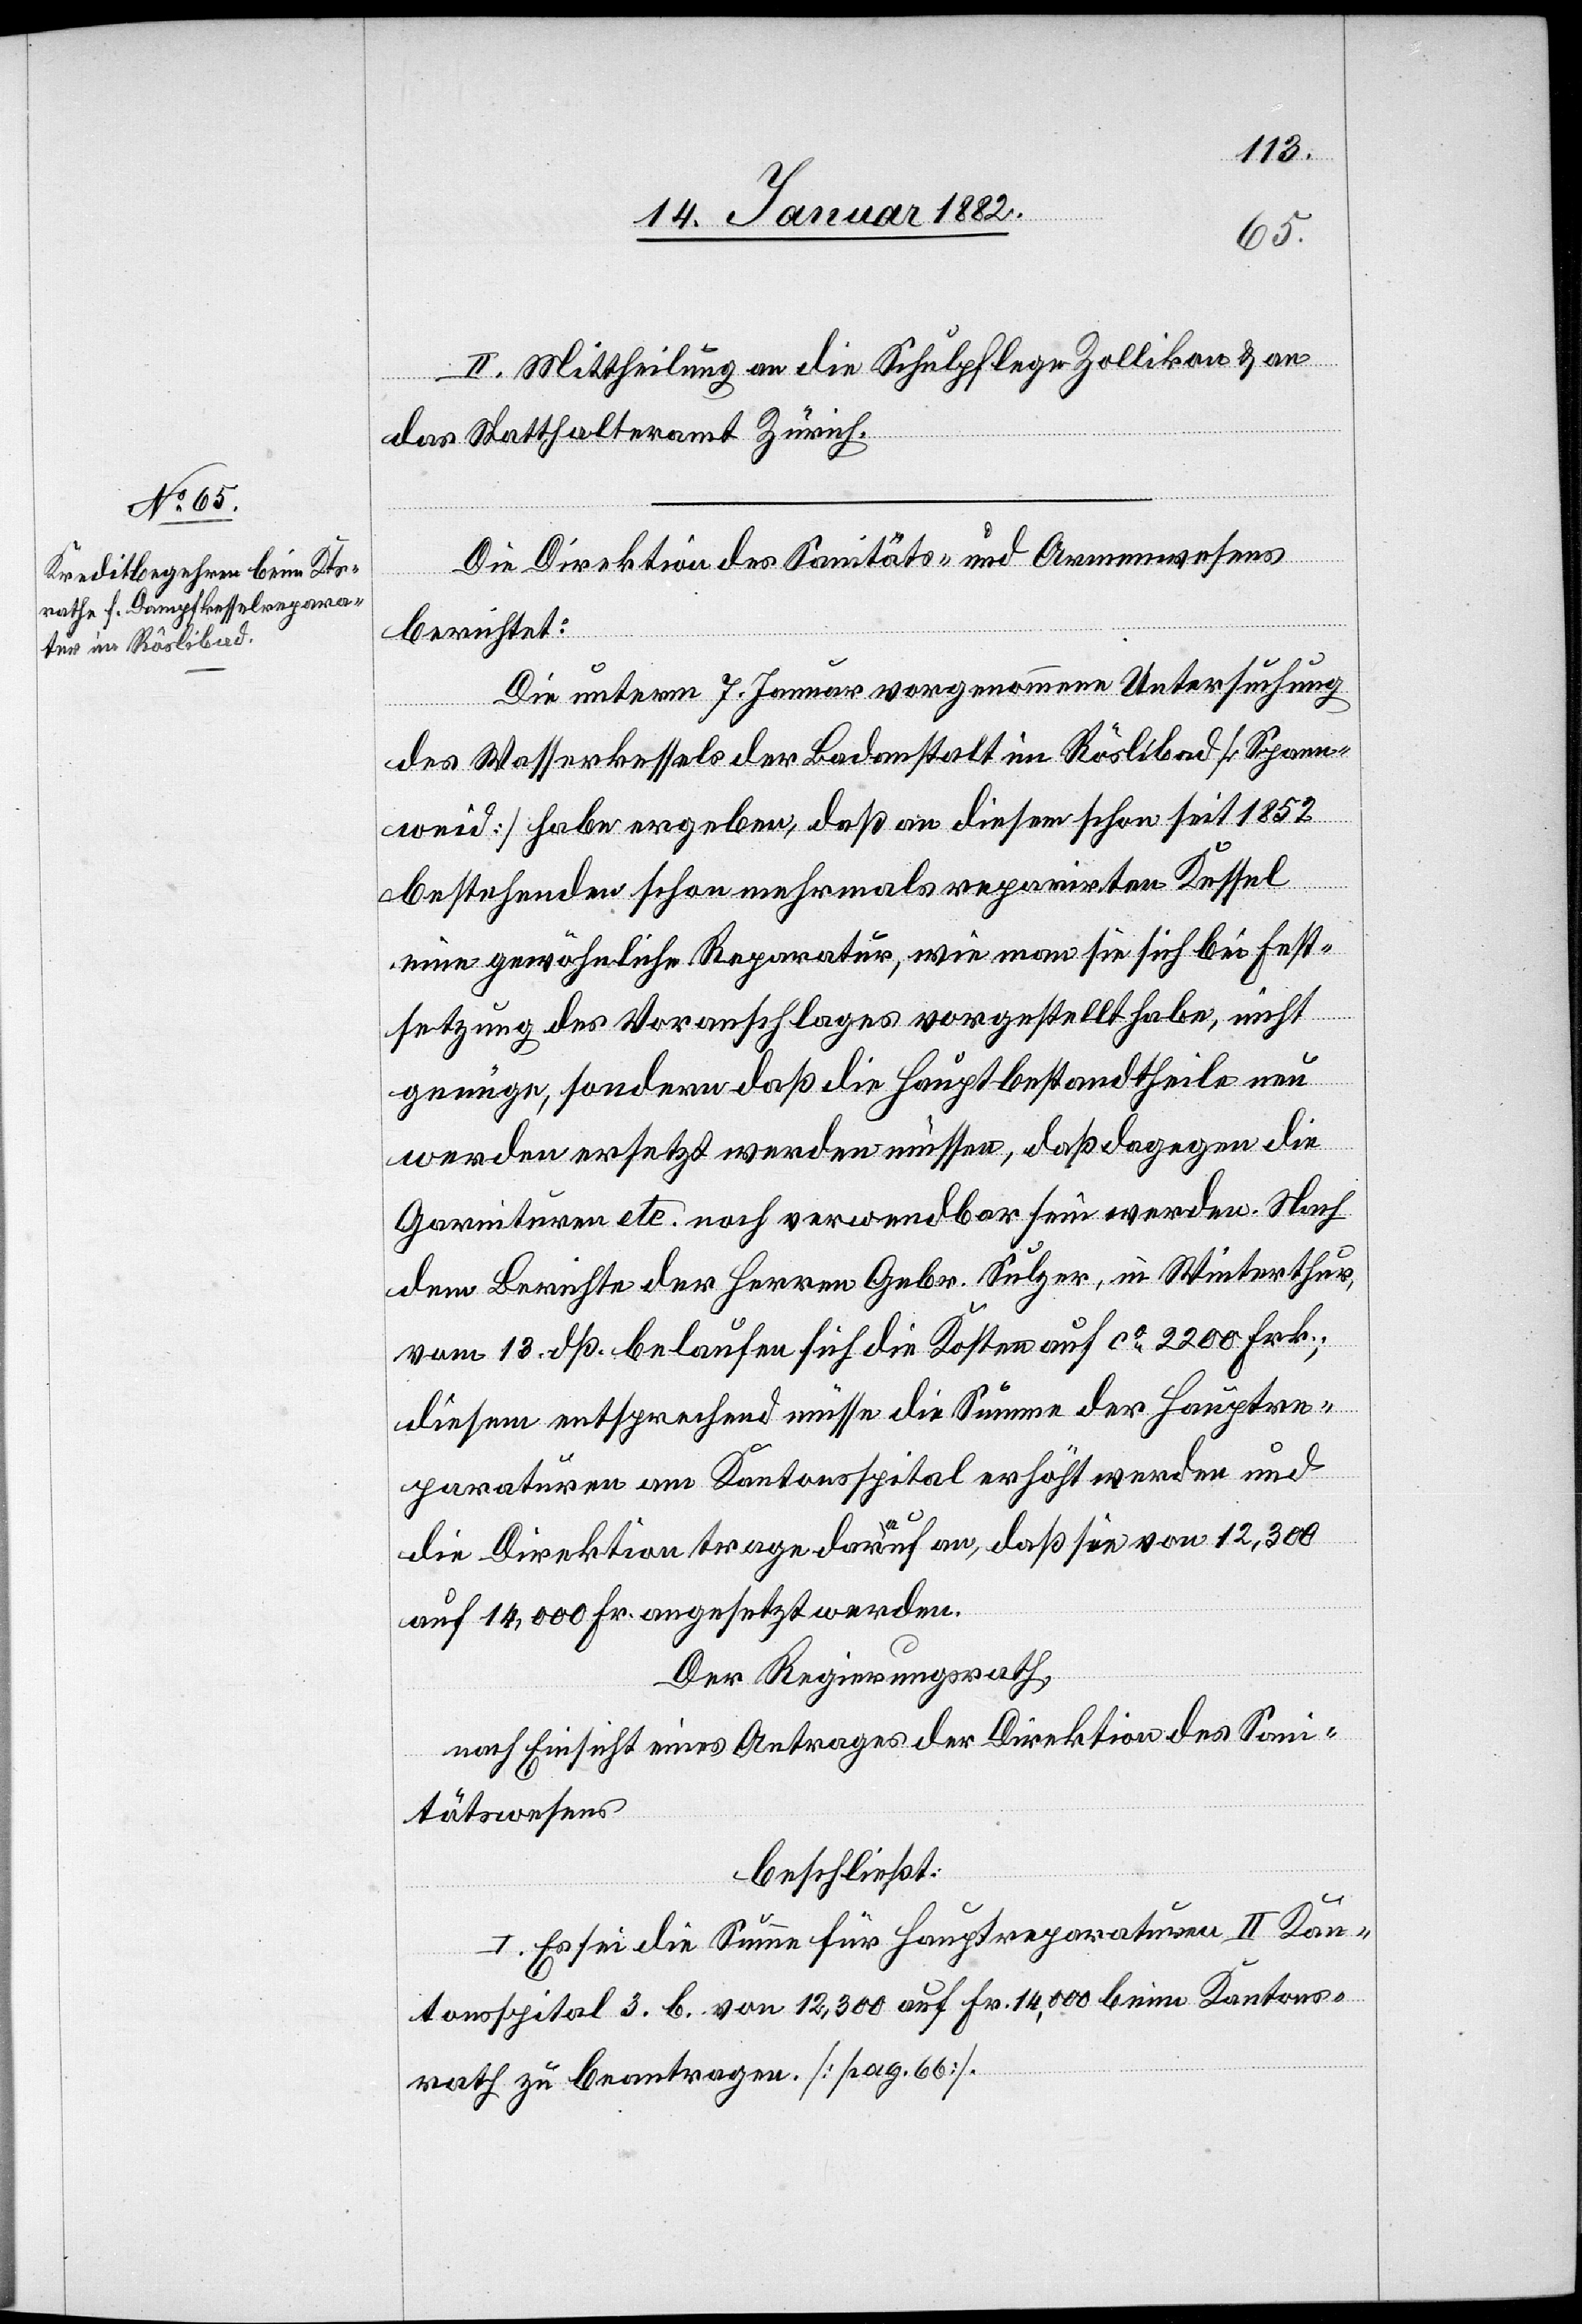
II. Mittheilung an die Schulpflege Zollikon & an
das Statthalteramt Zürich.